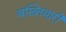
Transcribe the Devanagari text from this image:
बख़्तियारी